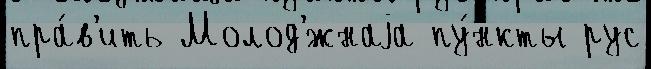
пра́в'ить Молод'́жнаjа пу́нкты рус